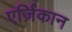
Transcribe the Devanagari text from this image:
एर्ज़िंकान